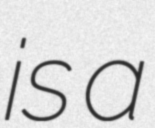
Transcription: is a